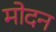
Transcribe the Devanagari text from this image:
मोदन